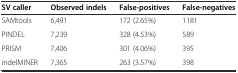
<table><thead><tr><td><b>SV caller</b></td><td><b>Observed indels</b></td><td><b>False-positives</b></td><td><b>False-negatives</b></td></tr></thead><tbody><tr><td>SAMtools</td><td>6,491</td><td>172 (2.65%)</td><td>1181</td></tr><tr><td>PINDEL</td><td>7,239</td><td>328 (4.53%)</td><td>589</td></tr><tr><td>PRISM</td><td>7,406</td><td>301 (4.06%)</td><td>395</td></tr><tr><td>indelMINER</td><td>7,365</td><td>263 (3.57%)</td><td>398</td></tr></tbody></table>